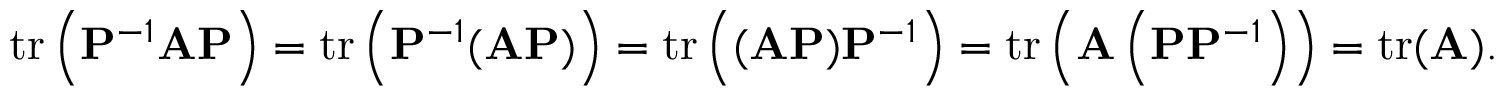
\operatorname { t r } \left( \mathbf { P } ^ { - 1 } \mathbf { A } \mathbf { P } \right) = \operatorname { t r } \left( \mathbf { P } ^ { - 1 } ( \mathbf { A } \mathbf { P } ) \right) = \operatorname { t r } \left( ( \mathbf { A } \mathbf { P } ) \mathbf { P } ^ { - 1 } \right) = \operatorname { t r } \left( \mathbf { A } \left( \mathbf { P } \mathbf { P } ^ { - 1 } \right) \right) = \operatorname { t r } ( \mathbf { A } ) .